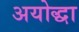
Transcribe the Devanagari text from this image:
अयोद्धा